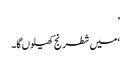
’
‘میں شطرنج کھیلوں گا۔